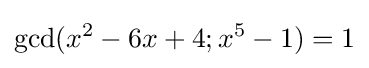
\gcd(x^{2}-6x+4;x^{5}-1)=1